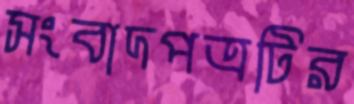
সংবাদপত্রটির